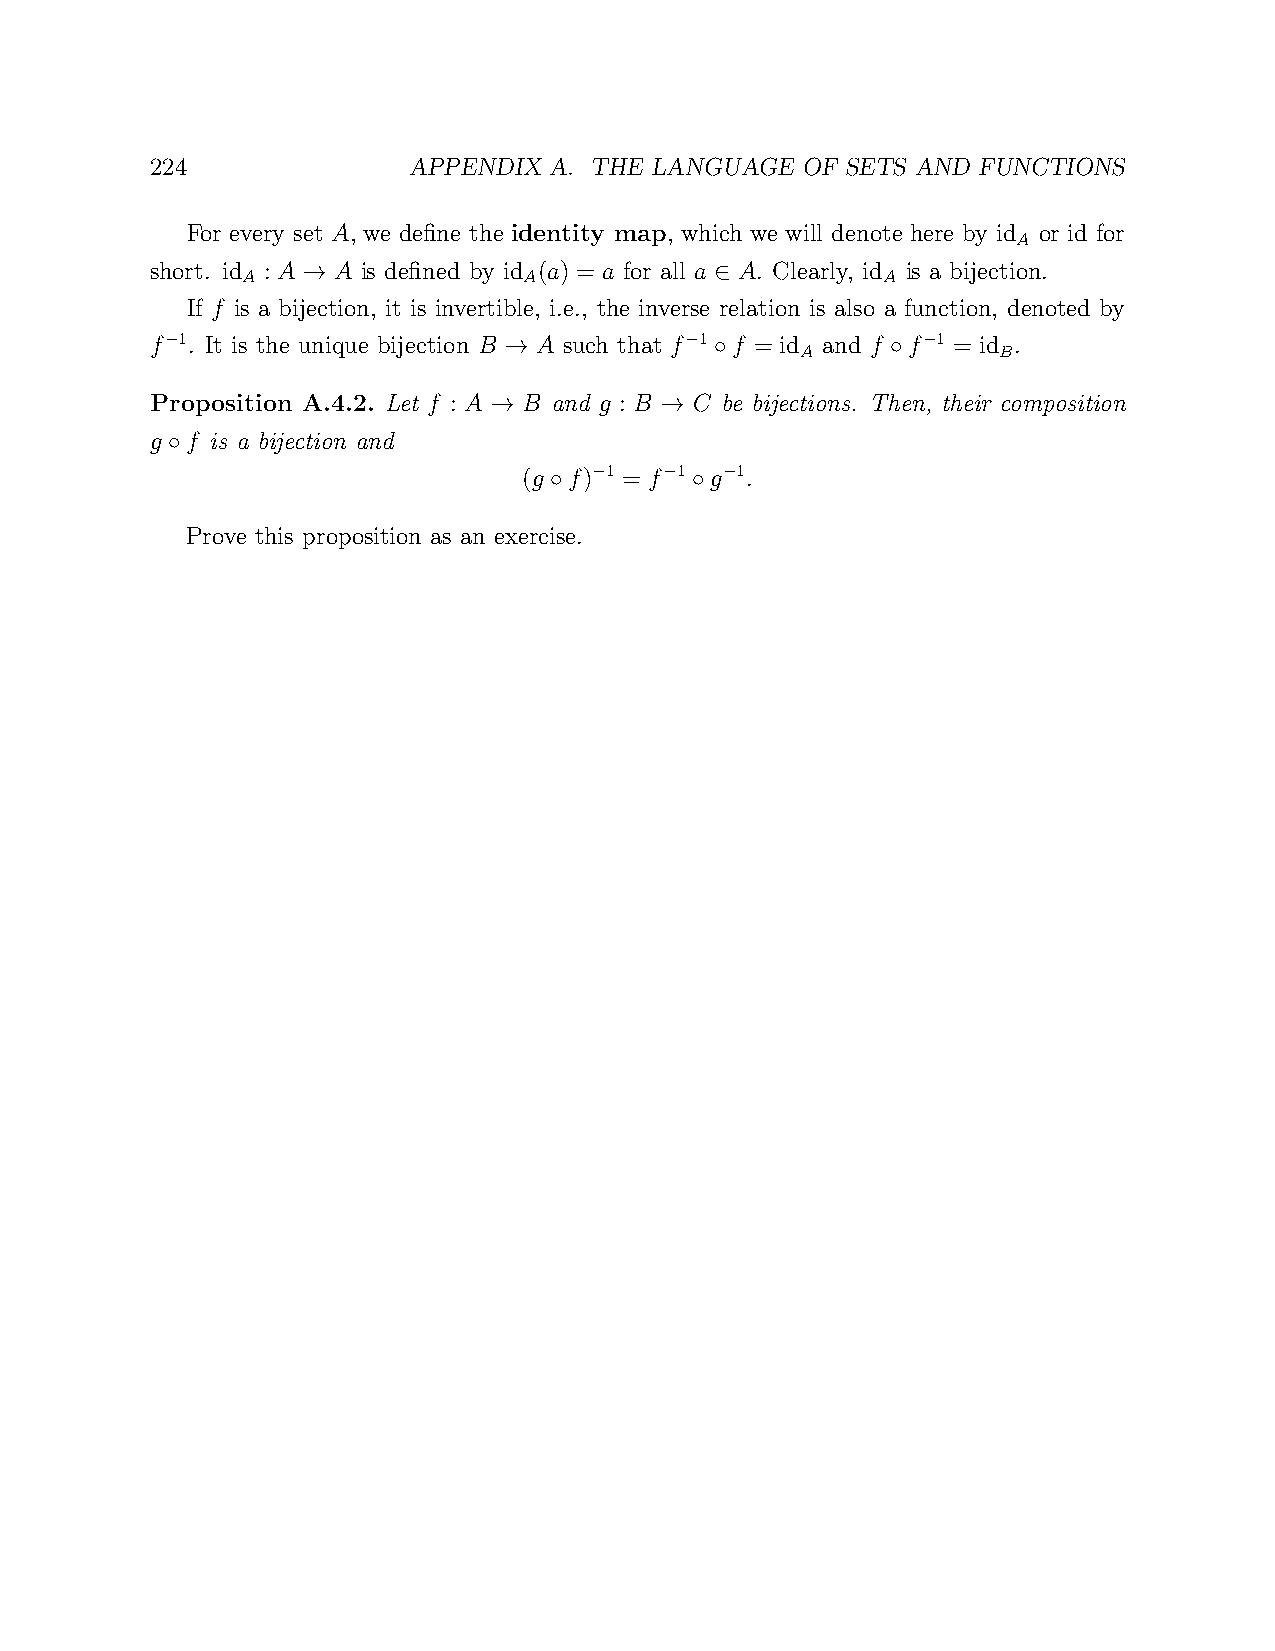
224              APPENDIX A. THE LANGUAGE  OF SETS AND FUNCTIONS
 For every set A, we define the identity map, which we will denote here by id or id for
 A
 short. id : A A is defined by id (a) = a for all a A. Clearly, id is a bijection.
 A                  A                      A
 →                          ∈
 If f is a bijection, it is invertible, i.e., the inverse relation is also a function, denoted by
 f 1. It is the unique bijection B A such that f 1 f = id and f f 1 = id .
 −                                 −       A       −    B
 →             ◦           ◦
 Proposition A.4.2. Let f : A B and g : B C be bijections. Then, their composition
 →           →
 g f is a bijection and
 ◦
 (g f) 1 = f 1 g 1.
 −    −   −
 ◦         ◦
 Prove this proposition as an exercise.